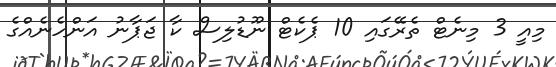
މިއީ 3 މިނެޓް ތެރޭގައި 10 ޕެކެޓް ނޫޑުލިސް ކާ ޖަޕާނު އަންހެނެއްގެ